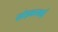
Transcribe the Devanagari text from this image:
छोड़करकई